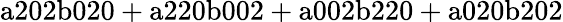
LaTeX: \mathrm{a202b020+a220b002+a002b220+a020b202}